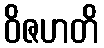
ဝိဇဟတိ